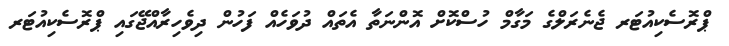
ޕްރޮސެކިއުޓަރ ޖެނެރަލްގެ މަގާމް ހުސްކޮށް އޮންނަތާ އެތައް ދުވަހެއް ފަހުން ދިވެހިރާއްޖޭގައި ޕްރޮސެކިއުޓަރ